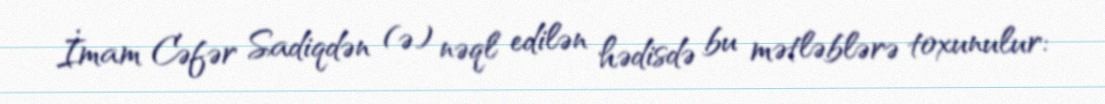
İmam Cəfər Sadiqdən (ə) nəql edilən hədisdə bu mətləblərə toxunulur: